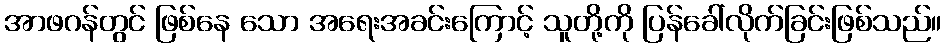
အာဖဂန်တွင် ဖြစ်နေ သော အရေးအခင်းကြောင့် သူတို့ကို ပြန်ခေါ်လိုက်ခြင်းဖြစ်သည်။